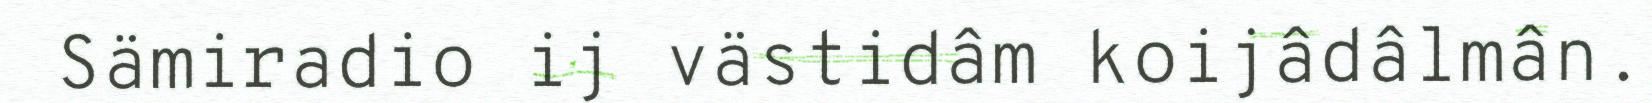
Sämiradio ij västidâm koijâdâlmân.